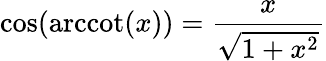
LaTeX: \cos(\operatorname{arccot}(x))={\frac{x}{\sqrt{1+x^{2}}}}